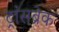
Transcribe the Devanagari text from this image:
ट्रांसब्रेक